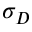
\sigma _ { D }